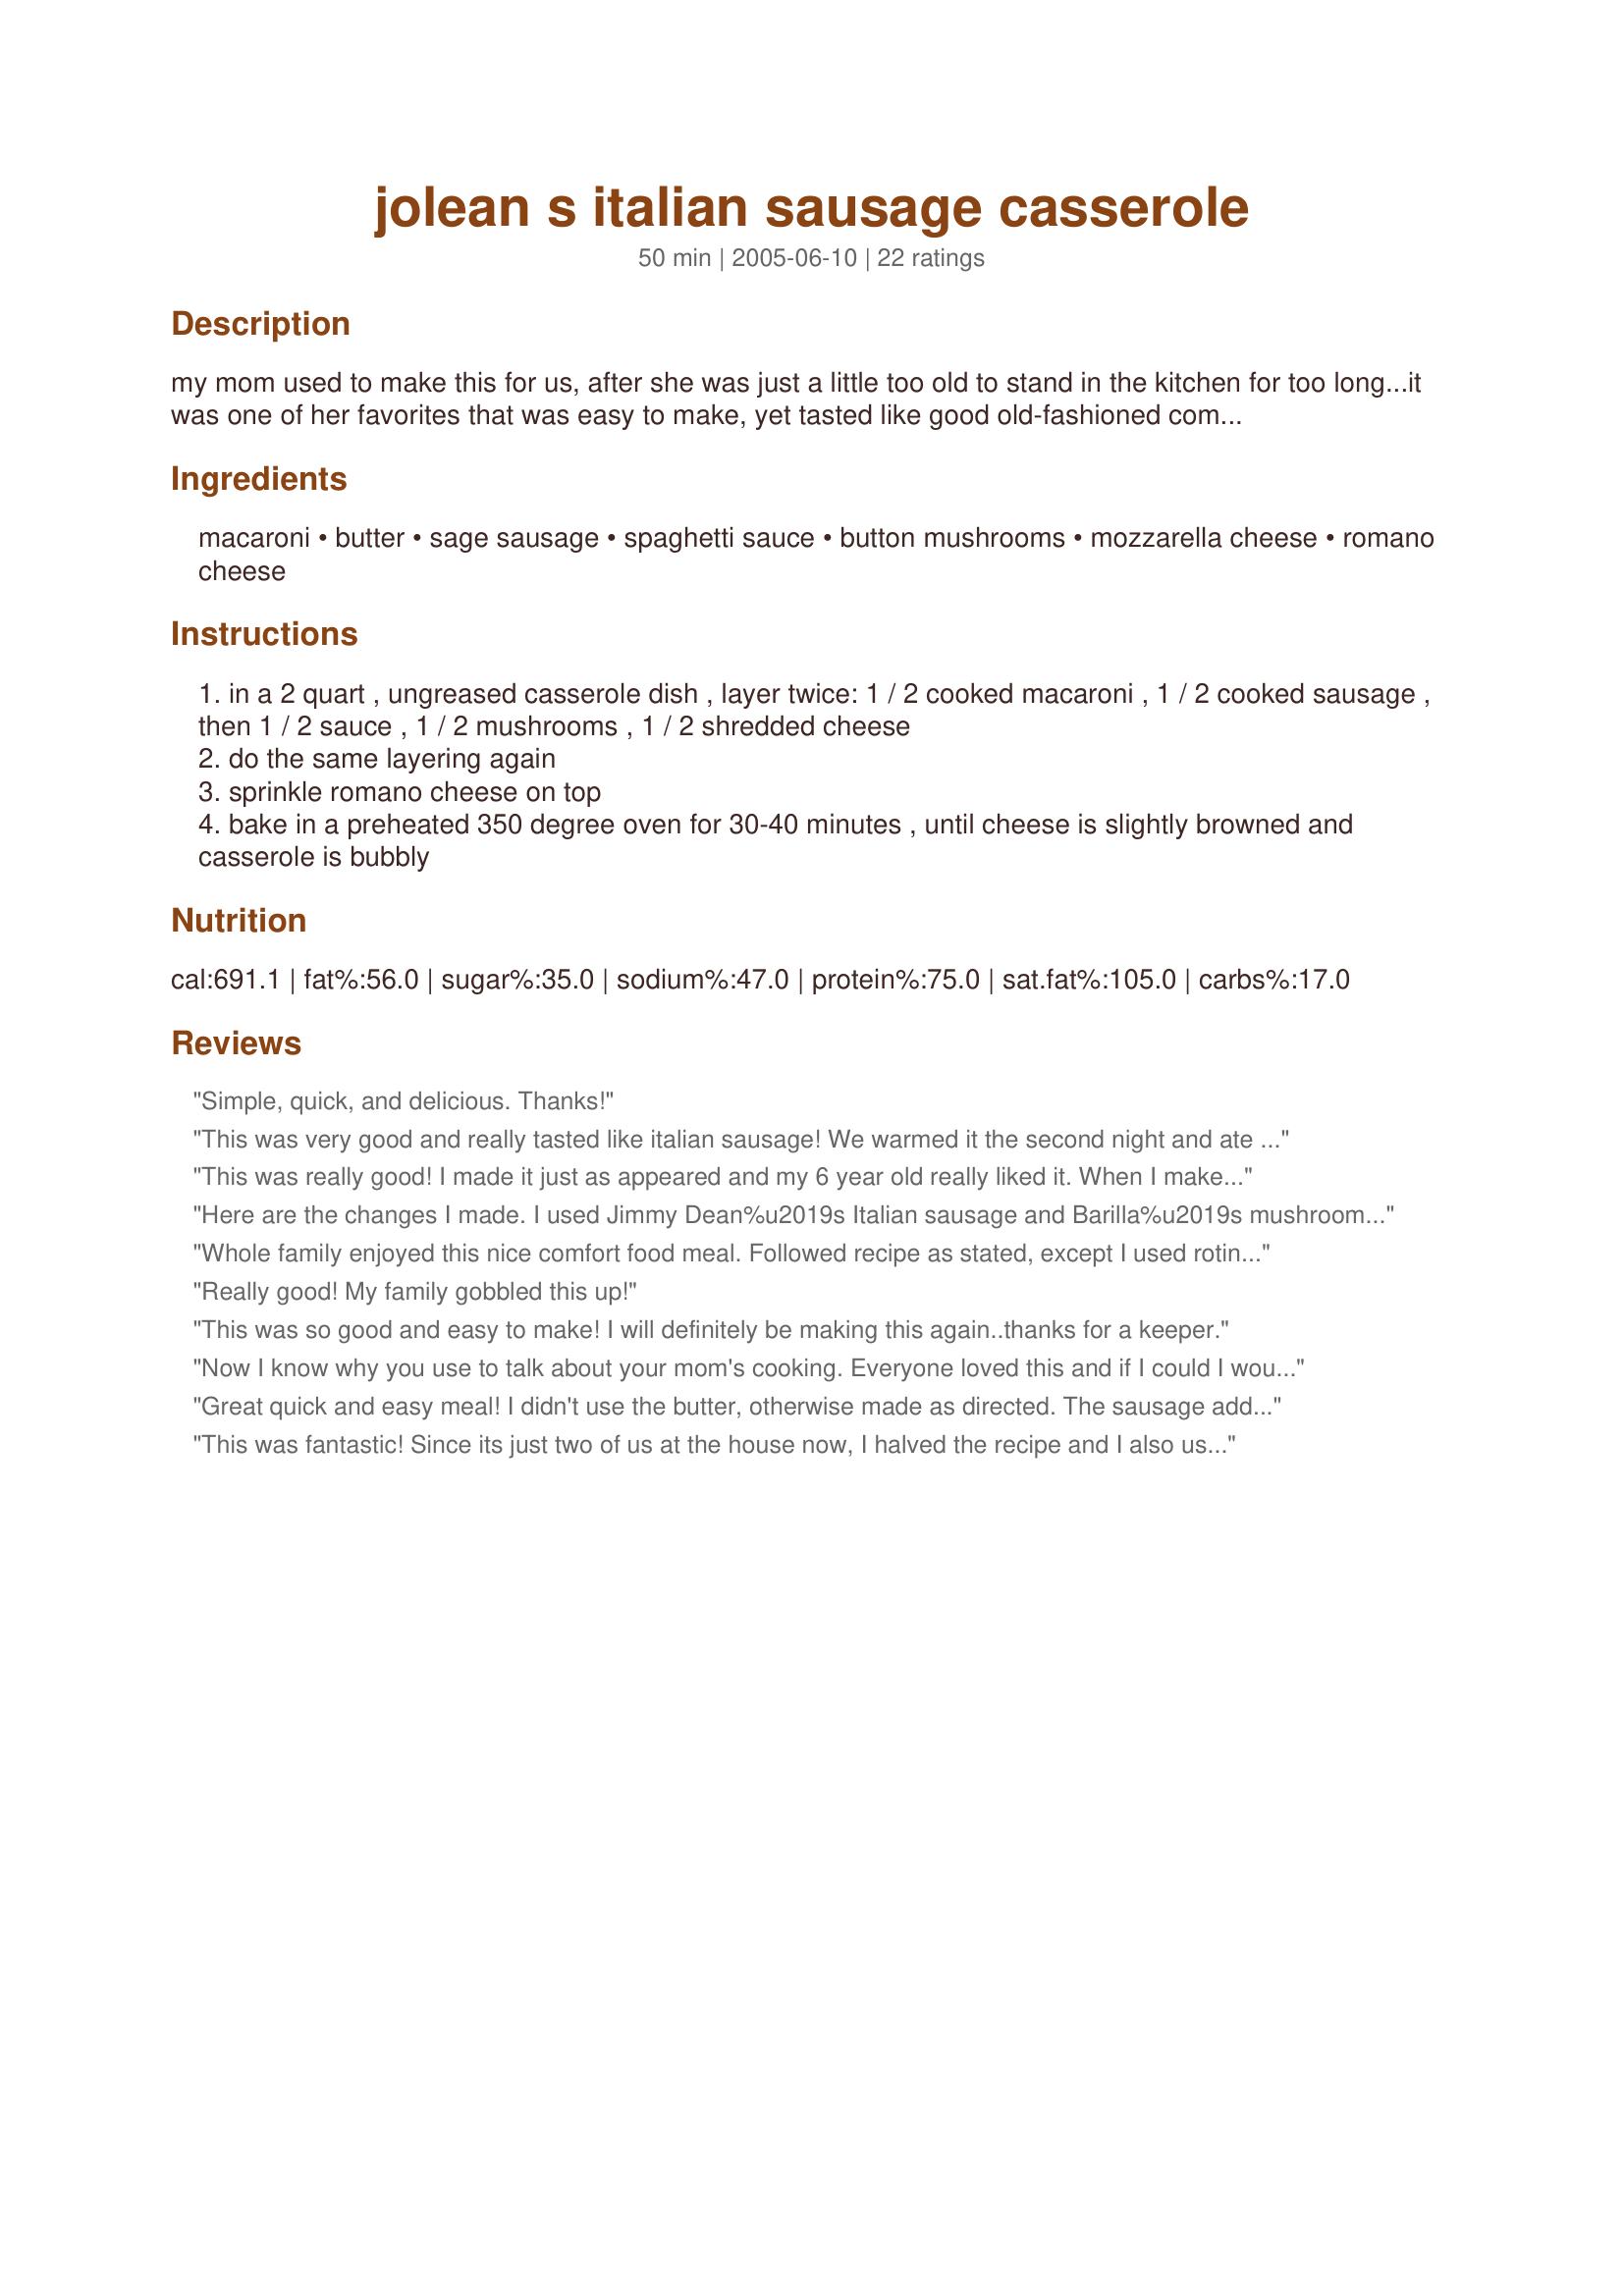
jolean s italian sausage casserole
Preparation time: 50 minutes

my mom used to make this for us, after she was just a little too old to stand in the kitchen for too long...it was one of her favorites that was easy to make, yet tasted like good old-fashioned comfort food...sure do miss my mom!!!

Ingredients:
macaroni, butter, sage sausage, spaghetti sauce, button mushrooms, mozzarella cheese, romano cheese

Steps:
in a 2 quart , ungreased casserole dish , layer twice: 1 / 2 cooked macaroni , 1 / 2 cooked sausage , then 1 / 2 sauce , 1 / 2 mushrooms , 1 / 2 shredded cheese
do the same layering again
sprinkle romano cheese on top
bake in a preheated 350 degree oven for 30-40 minutes , until cheese is slightly browned and casserole is bubbly

Reviews:
Simple, quick, and delicious. Thanks!
This was very good and really tasted like italian sausage! We warmed it the second night and ate again. Thanks so much for a really good recipe.
This was really good! I made it just as appeared and my 6 year old really liked it. When I make it again I probably would "jazz" it up a bit with olives and onions. Good, easy recipe!
Here are the changes I made. I used Jimmy Dean%u2019s Italian sausage and Barilla%u2019s mushroom and garlic sauce. I did not have mushrooms so I did not use them. For the cheese, I used mozzarella and cheddar because I did not have Romano cheese. The dish was good and easy to put together for a weeknight.
Whole family enjoyed this nice comfort food meal. Followed recipe as stated, except I used rotini, and we loved it. Added rolls and a salad, perfect dinner for a cold day like today with snowflakes flying. Will always think of you when I make this recipe.
Really good! My family gobbled this up!
This was so good and easy to make! I will definitely be making this again..thanks for a keeper.
Now I know why you use to talk about your mom's cooking. Everyone loved this and if I could I would give it more than 5 stars. 

I used a box of rotini and doubled everything else but the butter. I loved the sage flavor, used jimmy dean's and used classico tomato and basil as was recommended. 

Thank you stacy for sharing yourself with us. You are missed and loved. Made to honor our friend stacy.
Great quick and easy meal! I didn't use the butter, otherwise made as directed. The sausage added great flavor and the added romano cheese made for a nice crispy topping. Thanks for posting this recipe!
This was fantastic! 
Since its just two of us at the house now, I halved the recipe and I also used Spaghetti Sauce Mix Recipe #4294 in place of the store brought spaghetti sauce. It was so delicious,that my DH went back for seconds. I loved how easy it was to make also. I highly recommend this recipe! Thanks Stacky5LRC for a great recipe!
This was very good!
I have mixed feelings about this recipe. On the one hand it was a simple recipe and it was quite tasty. On the other hand I felt the recipe itself needed to be a lot clearer and more detailed. For example, what size casserole is recommended? And the steps didn't mention the actual cooking of the sausage. I will probably make this again, but I will use more pasta and a lot less cheese. In any case, I did njoy the finished product.
At first glance, this recipe seemed too simple with too few ingredients to be amazing... BUT IT WAS!! I followed the recipe exactly (minus the mushrooms for a picky toddler), and it was very tasty. The Romano cheese is the key to the boost of flavor. It was the perfect topping.
I enjoyed this very much. I used Italian sausage and elbow macaroni. My nephew had two healthy helpings.
So simple....used what I had in the house. Smoked turkey sausage. Sauteed onions with mushrooms then added sausage. Used prego spaghetti sauce and decided I wanted my dish to have a "pizza" flavor so added a lot of pizza seasoning. Covered mine with asiago cheese because that's what I had available. Thanks for such a "simple" delicious dish. I tasted it before I baked it and could have served it immediately without baking it. Again...what a time saving dish for a busy day.
This was great my husband and kids loved it...i found it a little rich BUT when i reheated some the next day it was delicious,i also used pasta shell instead of mac but only because thats what i had on hand
very good, we loved it. Love the flavor of the sage sausage.
Quick and easy - tasty, too. One question - what do you do with the butter? I didn't know so I left it out.
This was perfect!!! I didn't change a thing. This will go into my tried and true file.
This was soooo yummy! I used Rotini becasue that is what I always use and it was great all the ingrediants stuck to the noodles! I halved the recipe because it is only me, DH and my one year old and still had enough to put in the freezer for a couple lunchs later! I forgot to put the mushrooms in but will definately making this again!
What a great new recipe. I will definitely make this again. I did not have elbows, so I used mini penne. I also used 3 cups of cooked pasta since someone else said there was not enough. The Classico di Napoli (tomato and basil) tasted perfect. I have been a Classico devotee for years, and it is wonderful to use it in a recipe! I left out the mushrooms since I despise them, and I had to substitute Parmesan for Romano since that is what I had. I used a 2.5 qt oval casserole, and it was filled to the top. I definitely recommend a 2.5 - 3 qt casserole if you plan to use more pasta. This baked in about 37 minutes. My picky 6 year old declared, "I hate casseroles!" He then ate four or five servings before I distracted him with cartoons. Honestly, he would've exploded or worse, taken all our leftovers! New note: I made this again in October, '07, and it works well in a 10 x 13 rectangular glass casserole. With the extra cup of pasta, this easily serves closer to 8-10 people. Very filling!
Hubby loved this, will definitely be a keeper!
